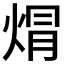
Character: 焨